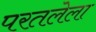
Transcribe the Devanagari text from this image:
परतलेला